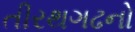
તીરથગઢનો